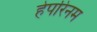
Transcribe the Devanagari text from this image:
हेपरिनम